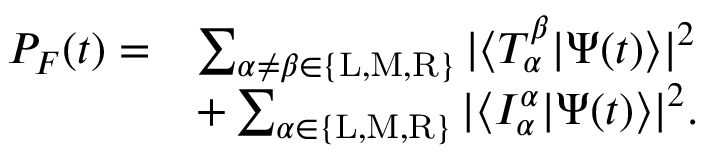
\begin{array} { r l } { P _ { F } ( t ) = } & { \sum _ { \alpha \neq \beta \in \{ \mathrm { L } , \mathrm { M } , \mathrm { R } \} } | \langle T _ { \alpha } ^ { \beta } | \Psi ( t ) \rangle | ^ { 2 } } \\ & { + \sum _ { \alpha \in \{ \mathrm { L } , \mathrm { M } , \mathrm { R } \} } | \langle I _ { \alpha } ^ { \alpha } | \Psi ( t ) \rangle | ^ { 2 } . } \end{array}